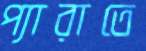
প্যারাতে